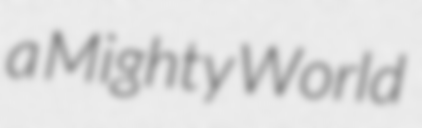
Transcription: a Mighty World